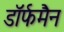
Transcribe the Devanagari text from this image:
डॉर्फमैन